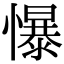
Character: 懪